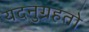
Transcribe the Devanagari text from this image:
यदनुग्रहतो